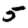
Digit: 5